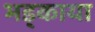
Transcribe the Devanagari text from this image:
भड़्काया